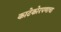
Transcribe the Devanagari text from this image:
काटेकोरपणाचा